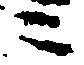
ニ